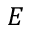
E